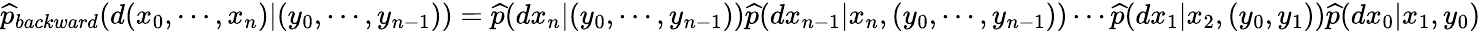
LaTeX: {\begin{array}{r}{{\widehat{p}}_{backward}(d(x_{0},\cdots,x_{n})|(y_{0},\cdots,y_{n-1}))={\widehat{p}}(dx_{n}|(y_{0},\cdots,y_{n-1})){\widehat{p}}(dx_{n-1}|x_{n},(y_{0},\cdots,y_{n-1}))\cdots{\widehat{p}}(dx_{1}|x_{2},(y_{0},y_{1})){\widehat{p}}(dx_{0}|x_{1},y_{0})}\end{array}}